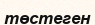
төстеген